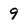
Character: 9